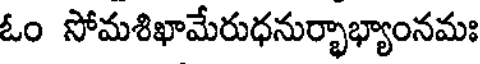
ఓం సోమశిఖామేరుధనుర్భాభ్యాంనమః